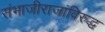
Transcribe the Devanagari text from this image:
संभाजीराजांविरुद्ध